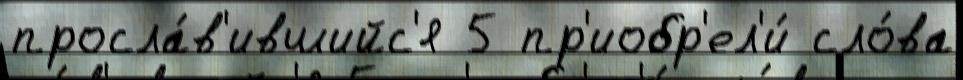
просла́в'ившийс'я 5 пр'иобр'ел'и́ сло́ва